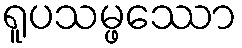
ရူပသမ္ဖဿော